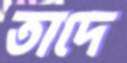
তাদে